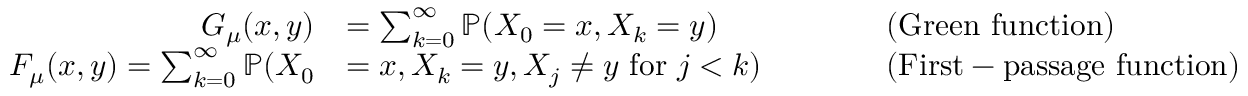
\begin{array} { r l r l } { G _ { \mu } ( x , y ) } & { = \sum _ { k = 0 } ^ { \infty } \mathbb { P } ( X _ { 0 } = x , X _ { k } = y ) } & { \qquad } & { \mathrm { ( G r e e n ~ f u n c t i o n ) } } \\ { F _ { \mu } ( x , y ) = \sum _ { k = 0 } ^ { \infty } \mathbb { P } ( X _ { 0 } } & { = x , X _ { k } = y , X _ { j } \ne y \mathrm { ~ f o r ~ } j < k ) } & { \quad } & { \mathrm { ( F i r s t - p a s s a g e ~ f u n c t i o n ) } } \end{array}